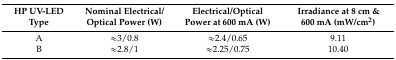
| HP UV-LED Type | Nominal Electrical/Optical Power (W) | Electrical/Optical Power at 600 mA (W) | Irradiance at 8 cm & 600 mA (mW/cm2) |
 | --- | --- | --- | --- |
 | A | ≈3/0.8 | ≈2.4/0.65 | 9.11 |
 | B | ≈2.8/1 | ≈2.25/0.75 | 10.40 |